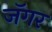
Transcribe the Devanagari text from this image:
जॅगर